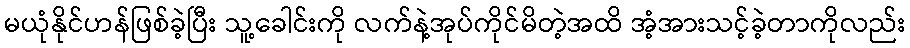
မယုံနိုင်ဟန်ဖြစ်ခဲ့ပြီး သူ့ခေါင်းကို လက်နဲ့အုပ်ကိုင်မိတဲ့အထိ အံ့အားသင့်ခဲ့တာကိုလည်း